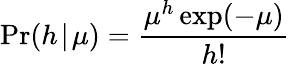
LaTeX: \operatorname*{Pr}(h\! \mid\! \mu)=\frac{\mu^{h}\exp(-\mu)}{h!}